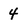
Character: 4